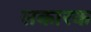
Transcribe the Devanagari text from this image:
सकारक